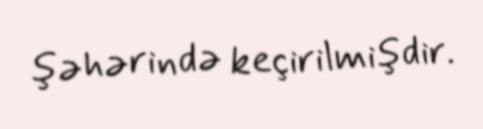
şəhərində keçirilmişdir.